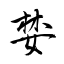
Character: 婪